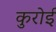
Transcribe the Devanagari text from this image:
कुरोई